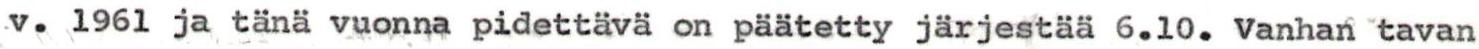
v. 1961 ja tänä vuonna pidettävä on päätetty järjestää 6.10. Vanhan tavan